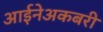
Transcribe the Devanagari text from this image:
आईनेअकबरी